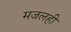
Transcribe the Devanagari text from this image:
मजलही